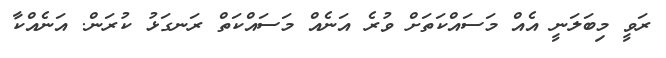
ރަވީ މިބަލަނީ އެއް މަސައްކަތަށް ވުރެ އަނެއް މަސައްކަތް ރަނގަޅު ކުރަން. އަނެއްކާ